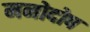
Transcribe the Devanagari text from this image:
मनोदोष